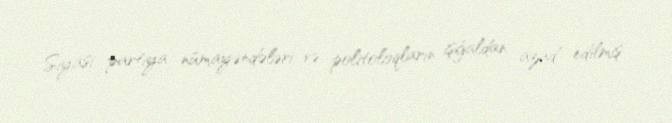
Siyasi partiya nümayəndələri və politoloqların işğaldan azad edilmiş